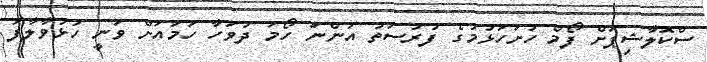
ސްކޮލާޝިޕަށް ފޯމް ހުށަހަޅުމުގެ ފުރުސަތު އަންނަ ހޯމަ ދުވަހާ ހަމައަށް ވަނީ ހުޅުވާލާފަ